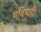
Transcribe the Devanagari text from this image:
भविष्यही